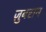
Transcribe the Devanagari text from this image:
ज़ुबरान